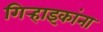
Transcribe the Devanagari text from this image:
गिर्‍हाइकांना